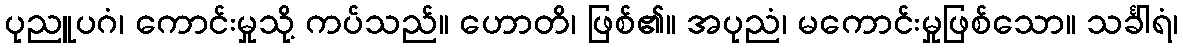
ပုညူပဂံ၊ ကောင်းမှုသို့ ကပ်သည်။ ဟောတိ၊ ဖြစ်၏။ အပုညံ၊ မကောင်းမှုဖြစ်သော။ သင်္ခါရံ၊